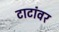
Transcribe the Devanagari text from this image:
टाटांवर